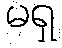
မရှ